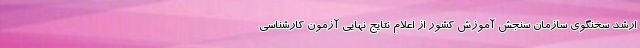
ارشد سخنگوی سازمان سنجش آموزش کشور از اعلام نتایج نهایی آزمون کارشناسی